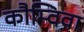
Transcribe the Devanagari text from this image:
कौम्विवा